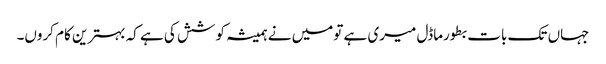
جہاں تک بات بطورماڈل میری ہے تومیں نے ہمیشہ کوشش کی ہے کہ بہترین کام کروں۔